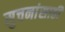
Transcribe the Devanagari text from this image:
सुचनांसाठी